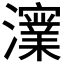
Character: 𭳪